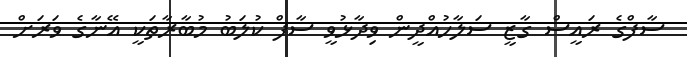
ސާފްގެ ރައީސް ގާޒީ ސަލާހުއްދީން ވިދާޅުވީ ސާފް ކުލަބު މުބާރާތަކީ އޭނާގެ ވަރަށް